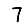
Digit: 7